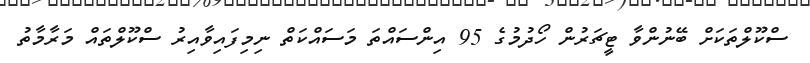
ސްކޫލްތަކަށް ބޭނުންވާ ޓީޗަރުން ހޯދުމުގެ 95 އިންސައްތަ މަސައްކަތް ނިމިފައިވާއިރު ސްކޫލްތައް މަރާމާތު